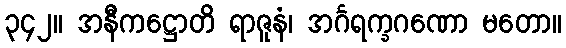
၃၄၂။ အနီကဋ္ဌောတိ ရာဇူနံ၊ အင်္ဂရက္ခဂဏော မတော။